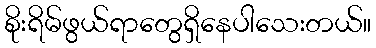
စိုးရိမ်ဖွယ်ရာတွေရှိနေပါသေးတယ်။